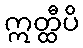
ဣတ္ထီပိ